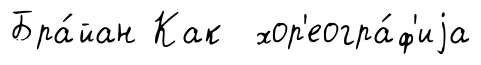
Бра́йан Как хор'еогра́ф'иjа